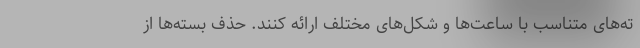
ته‌های متناسب با ساعت‌ها و شکل‌های مختلف ارائه کنند. حذف بسته‌ها از